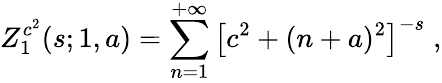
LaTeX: Z_{1}^{c^{2}}(s;1,a)=\sum_{n=1}^{+\infty}\left[c^{2}+(n+a)^{2}\right]^{-s}\; ,